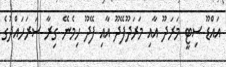
އައްޑޫ ސިޓީ މަރަދޫ އާއި މަރަދޫފޭދޫ އާއި ފޭދޫ ހިމެނޭ ގިރާ ސަރަހައްދުގެ